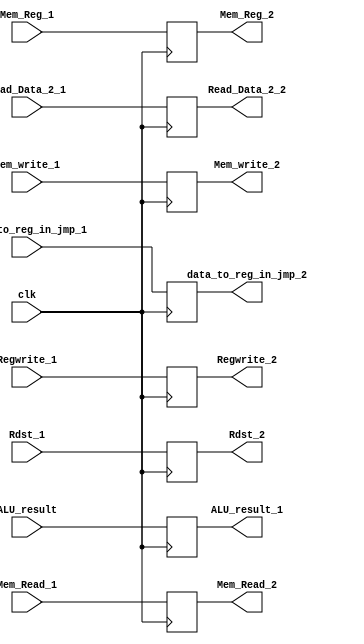
`timescale 1ns / 1ps
//////////////////////////////////////////////////////////////////////////////////
// Company: 
// Engineer: 
// 
// Design Name: 
// Module Name: EX_mem_stage
// Project Name: 
// Target Devices: 
// Tool Versions: 
// Description: 
// 
// Dependencies: 
// 
// Revision:
// Revision 0.01 - File Created
// Additional Comments:
// 
//////////////////////////////////////////////////////////////////////////////////


module EX_mem_stage(
input clk,Regwrite_1,Mem_Read_1,
input [4:0] Rdst_1,
input[31:0] ALU_result,Read_Data_2_1,data_to_reg_in_jmp_1,
input Mem_write_1,Mem_Reg_1,
output reg Mem_Reg_2,Mem_write_2,
output reg Regwrite_2,Mem_Read_2,
output reg [4:0] Rdst_2,
output reg [31:0] ALU_result_1,Read_Data_2_2,data_to_reg_in_jmp_2

    );
    
    always@(posedge clk)
    begin
    ALU_result_1<=ALU_result;
    Rdst_2<=Rdst_1;
    Regwrite_2<=Regwrite_1;
    Mem_write_2<=Mem_write_1;
    Read_Data_2_2<=Read_Data_2_1;
    Mem_Reg_2<=Mem_Reg_1;
    data_to_reg_in_jmp_2<=data_to_reg_in_jmp_1;
    Mem_Read_2<=Mem_Read_1;
    end

endmodule